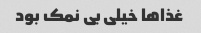
غذاها خیلى بی نمک بود